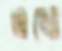
এখো